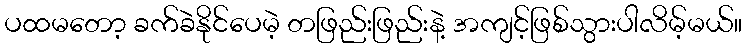
ပထမတော့ ခက်ခဲနိုင်ပေမဲ့ တဖြည်းဖြည်းနဲ့ အကျင့်ဖြစ်သွားပါလိမ့်မယ်။